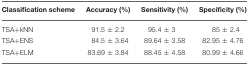
<table><thead><tr><td><b>Classification scheme</b></td><td><b>Accuracy (%)</b></td><td><b>Sensitivity (%)</b></td><td><b>Specificity (%)</b></td></tr></thead><tbody><tr><td>TSA+kNN</td><td>91.5 ± 2.2</td><td>95.4 ± 3</td><td>85 ± 2.4</td></tr><tr><td>TSA+ENS</td><td>84.5 ± 3.64</td><td>89.64 ± 3.58</td><td>82.95 ± 4.76</td></tr><tr><td>TSA+ELM</td><td>83.69 ± 3.84</td><td>88.45 ± 4.58</td><td>80.99 ± 4.66</td></tr></tbody></table>